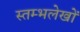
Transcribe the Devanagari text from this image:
स्तम्भलेखों